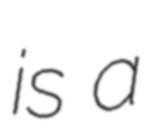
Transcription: is a